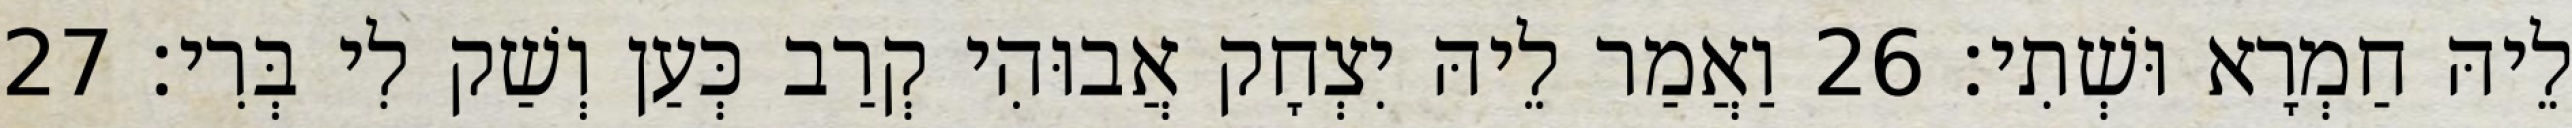
לֵיהּ חַמְרָא וּשְׁתִי׃ 26 וַאֲמַר לֵיהּ יִצְחָק אֲבוּהִי קְרַב כְּעַן וְשַׁק לִי בְּרִי׃ 27